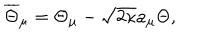
\overline { { { \Theta } } } _ { \mu } = \Theta _ { \mu } - \sqrt { 2 \kappa } a _ { \mu } \Theta ,